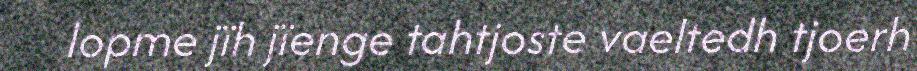
lopme jïh jïenge tahtjoste vaeltedh tjoerh